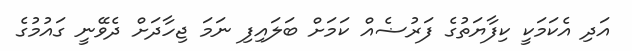
އަދި އެކަމަކީ ކިފާޔަތުގެ ފަރުޟެއް ކަމަށް ބަލައިފި ނަމަ ޖިހާދަށް ދެވޭނީ ގައުމުގެ